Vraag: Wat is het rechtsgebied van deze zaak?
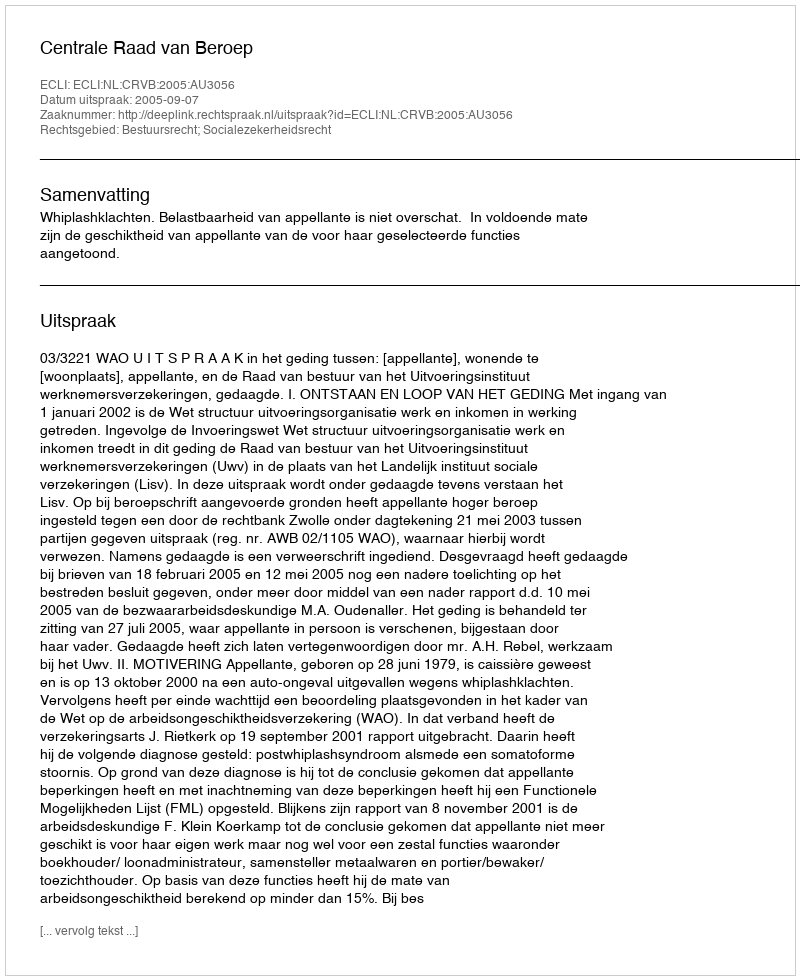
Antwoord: Bestuursrecht; Socialezekerheidsrecht